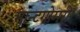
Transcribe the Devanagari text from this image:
मान्टगोमरी